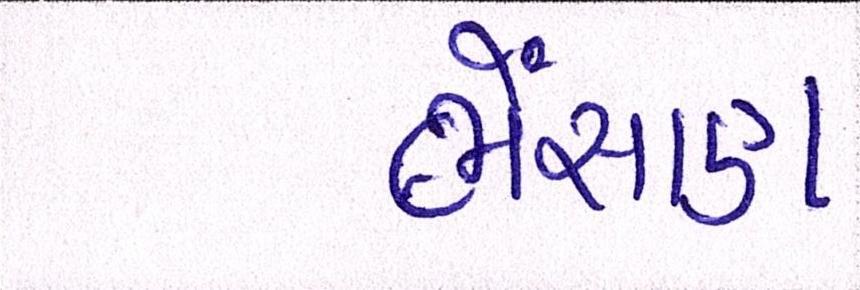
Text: ભેંસાણ